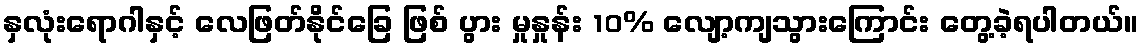
နှလုံးရောဂါနှင့် လေဖြတ်နိုင်ခြေ ဖြစ် ပွား မှုနှုန်း 10% လျော့ကျသွားကြောင်း တွေ့ခဲ့ရပါတယ်။